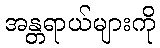
အန္တရာယ်များကို